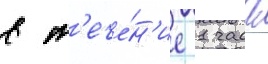
в т'ече́н'ие 1 часа